Indian journal of veterinary science and animal husbandry - Volume 5,
Year: 1935
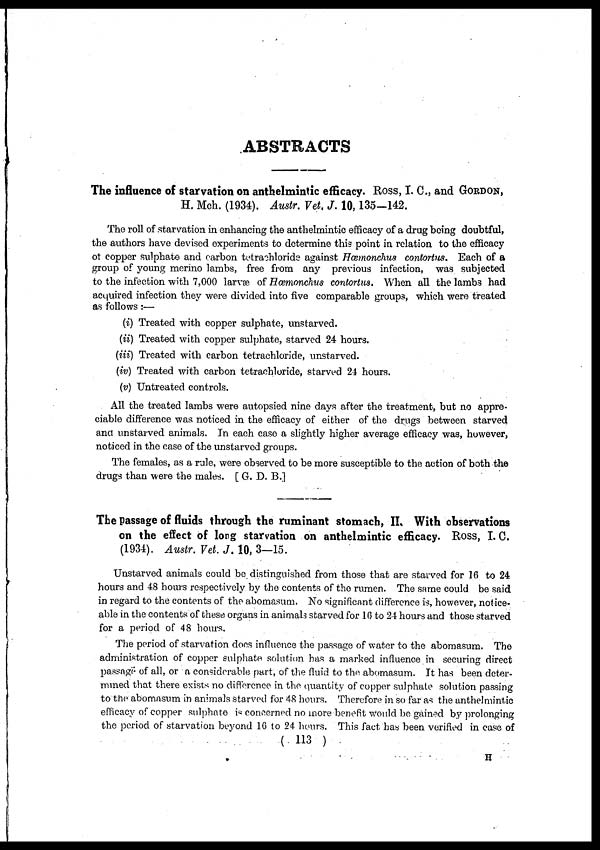
ABSTRACTS
The influence of starvation on anthelmintic efficacy. Ross, I. C., and GORDON,
H. Mch. (1934). Austr. Vet. J. 10,135-142.
The roll of starvation in enhancing the anthelmintic efficacy of a drug being doubtful,
the authors have devised experiments to determine this point in relation to the efficacy
of copper sulphate and carbon tetrachloride against Hæonchus contortus. Each of a
group of young merino lambs, free from any previous infection, was subjected
to the infection with 7,000 larvæ of Hæmonchus contortus . When all the lambs had
acquired infection they were divided into five comparable groups, which were treated
as follows:—
(i) Treated with copper sulphate, unstarved.
(ii) Treated with copper sulphate, starved 24 hours.
(iii) Treated with carbon tetrachloride, unstarved.
(iv) Treated with carbon tetrachloride, starved 24 hours.
(v) Untreated controls.
All the treated lambs were autopsied nine days after the treatment, but no appre-
ciable difference was noticed in the efficacy of either of the drugs between starved
and unstarved animals. In each case a slightly higher average efficacy was, however,
noticed in the case of the unstarved groups.
The females, as a rule, were observed to be more susceptible to the action of both the
drugs than were the males. [ G. D. B.]
The passage of fluids through the ruminant stomach, II. With observations
on the effect of long starvation on anthelmintic efficacy. Ross, I. C.
(1934). Austr. Vet. J. 10, 3—15.
Unstarved animals could be distinguished from those that are starved for 16 to 24
hours and 48 hours respectively by the contents of the rumen. The same could be said
in regard to the contents of the abomasum. No significant difference is, however, notice¬
able in the contents of these organs in animals starved for 16 to 24 hours and those starved
for a period of 48 hours.
The period of starvation does influence the passage of water to the abomasum. The
administration of copper sulphate solution has a marked influence in securing direct
passage of all, or a considerable part, of the fluid to the abomasum. It has been deter-
mined that there exists no difference in the quantity of copper sulphate solution passing
to the abomasum in animals starved for 48 hours. Therefore in so far as the anthelmintic
efficacy of copper sulphate is concerned no more benefit would be gained by prolonging
the period of starvation beyond 16 to 24 hours. This fact has been verified in case of
( 113 )
H